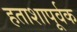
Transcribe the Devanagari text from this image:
हताशापूर्वक